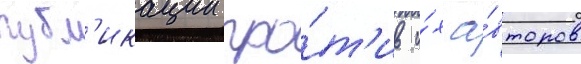
публ'икации про́т'ив и́х а́второв